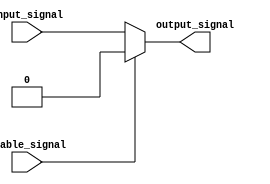
module active_low_buffer (
    input input_signal,
    input enable_signal,
    output reg output_signal
);

always @* begin
    if (enable_signal == 1'b0) begin
        output_signal = input_signal;
    end else begin
        output_signal = 1'b0;
    end
end

endmodule